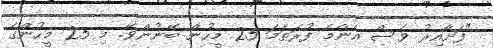
"ފަށާއިރު ވެސް އެންމެ ފުރަތަމަ 25 މީހުން ބޭނުންވޭ. މި 25 މީހުންގެ